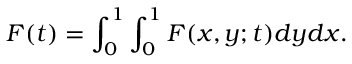
F ( t ) = \int _ { 0 } ^ { 1 } \int _ { 0 } ^ { 1 } F ( x , y ; t ) d y d x .